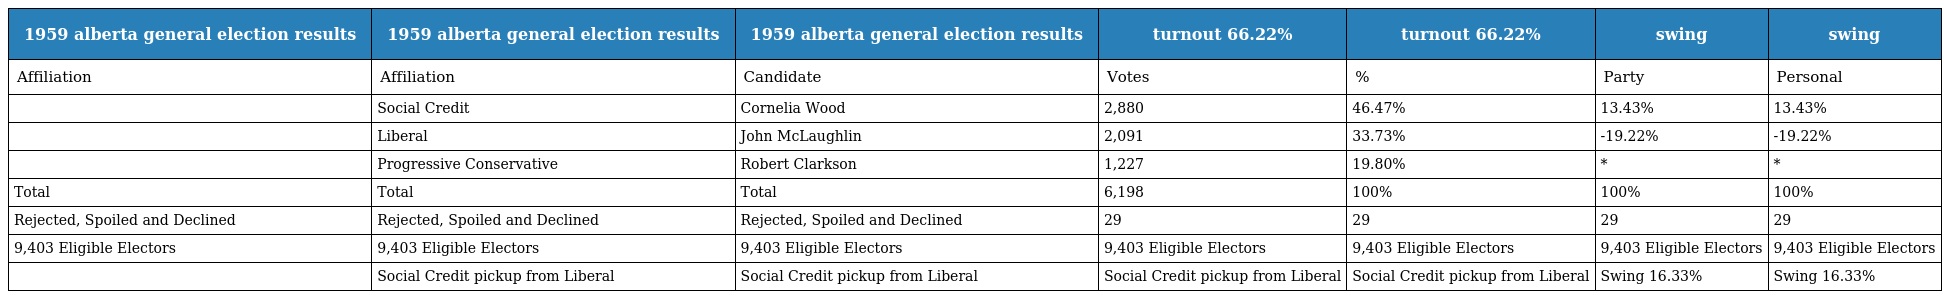
| 1959 alberta general election results | 1959 alberta general election results | 1959 alberta general election results | turnout 66.22% | turnout 66.22% | swing | swing |
 | --- | --- | --- | --- | --- | --- | --- |
 | Affiliation | Affiliation | Candidate | Votes | % | Party | Personal |
 |  | Social Credit | Cornelia Wood | 2,880 | 46.47% | 13.43% | 13.43% |
 |  | Liberal | John McLaughlin | 2,091 | 33.73% | -19.22% | -19.22% |
 |  | Progressive Conservative | Robert Clarkson | 1,227 | 19.80% | * | * |
 | Total | Total | Total | 6,198 | 100% | 100% | 100% |
 | Rejected, Spoiled and Declined | Rejected, Spoiled and Declined | Rejected, Spoiled and Declined | 29 | 29 | 29 | 29 |
 | 9,403 Eligible Electors | 9,403 Eligible Electors | 9,403 Eligible Electors | 9,403 Eligible Electors | 9,403 Eligible Electors | 9,403 Eligible Electors | 9,403 Eligible Electors |
 |  | Social Credit pickup from Liberal | Social Credit pickup from Liberal | Social Credit pickup from Liberal | Social Credit pickup from Liberal | Swing 16.33% | Swing 16.33% |